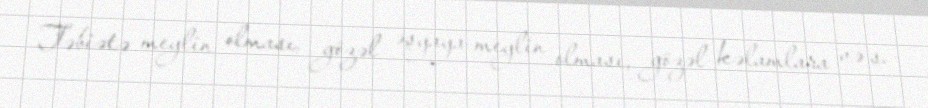
Təbiətə meylin olması, gözəl əşyaya meylin olması, gözəl kəlamlara və s.